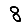
Digit: 8